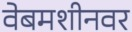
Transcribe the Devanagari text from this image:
वेबमशीनवर